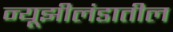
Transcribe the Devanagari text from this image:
न्यूझीलंडातील